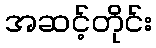
အဆင့်တိုင်း